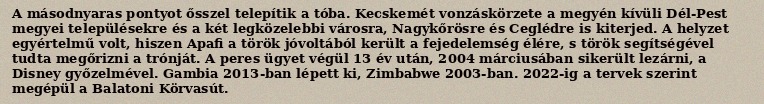
A másodnyaras pontyot ősszel telepítik a tóba. Kecskemét vonzáskörzete a megyén kívüli Dél-Pest megyei településekre és a két legközelebbi városra, Nagykőrösre és Ceglédre is kiterjed. A helyzet egyértelmű volt, hiszen Apafi a török jóvoltából került a fejedelemség élére, s török segítségével tudta megőrizni a trónját. A peres ügyet végül 13 év után, 2004 márciusában sikerült lezárni, a Disney győzelmével. Gambia 2013-ban lépett ki, Zimbabwe 2003-ban. 2022-ig a tervek szerint megépül a Balatoni Körvasút.